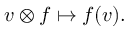
v \otimes f \mapsto f ( v ) .